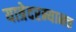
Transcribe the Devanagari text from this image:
यात्रेदरम्यानच